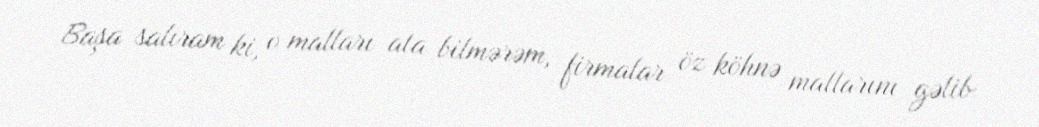
Başa salıram ki, o malları ata bilmərəm, firmalar öz köhnə mallarını gəlib